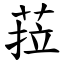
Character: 菈